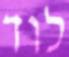
לוד